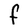
Character: F